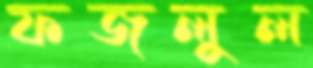
ফজলুল